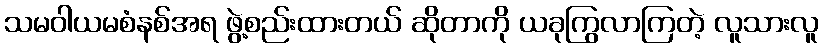
သမဝါယမစံနစ်အရ ဖွဲ့စည်းထားတယ် ဆိုတာကို ယခုကြွလာကြတဲ့ လူသားလူ